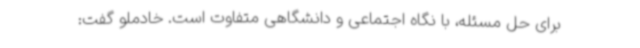
برای حل مسئله، با نگاه اجتماعی و دانشگاهی متفاوت است. خادملو گفت: